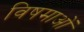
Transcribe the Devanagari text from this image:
विषमाओं